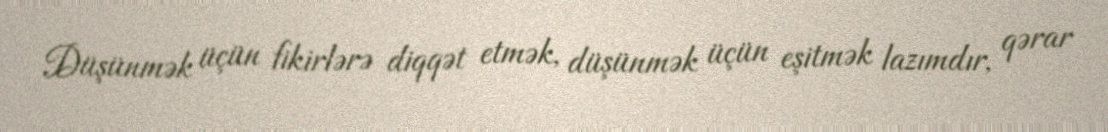
Düşünmək üçün fikirlərə diqqət etmək, düşünmək üçün eşitmək lazımdır, qərar